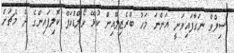
ސިލްވާ ނަގާފައިވަނީ އަންނަ މަހު ބްރެޒިލްއިން ކުޅޭ ވޯލްޑްކަޕް ކޮލިފައިންގެ ދެ މެޗަށް